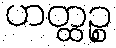
ဟတ္ထဉ္စ